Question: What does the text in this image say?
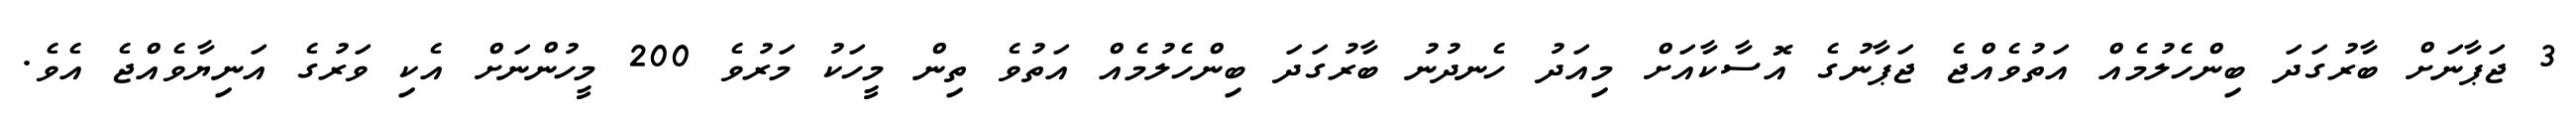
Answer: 3 ޖަޕާނަށް ބާރުގަދަ ބިންހެލުމެއް އަތުވެއްޖެ ޖަޕާނުގެ އޮސާކާއަށް މިއަދު ހެނދުނު ބާރުގަދަ ބިންހެލުމެއް އަތުވެ ތިން މީހަކު މަރުވެ 200 މީހުންނަށް އެކި ވަރުގެ އަނިޔާވެއްޖެ އެވެ.